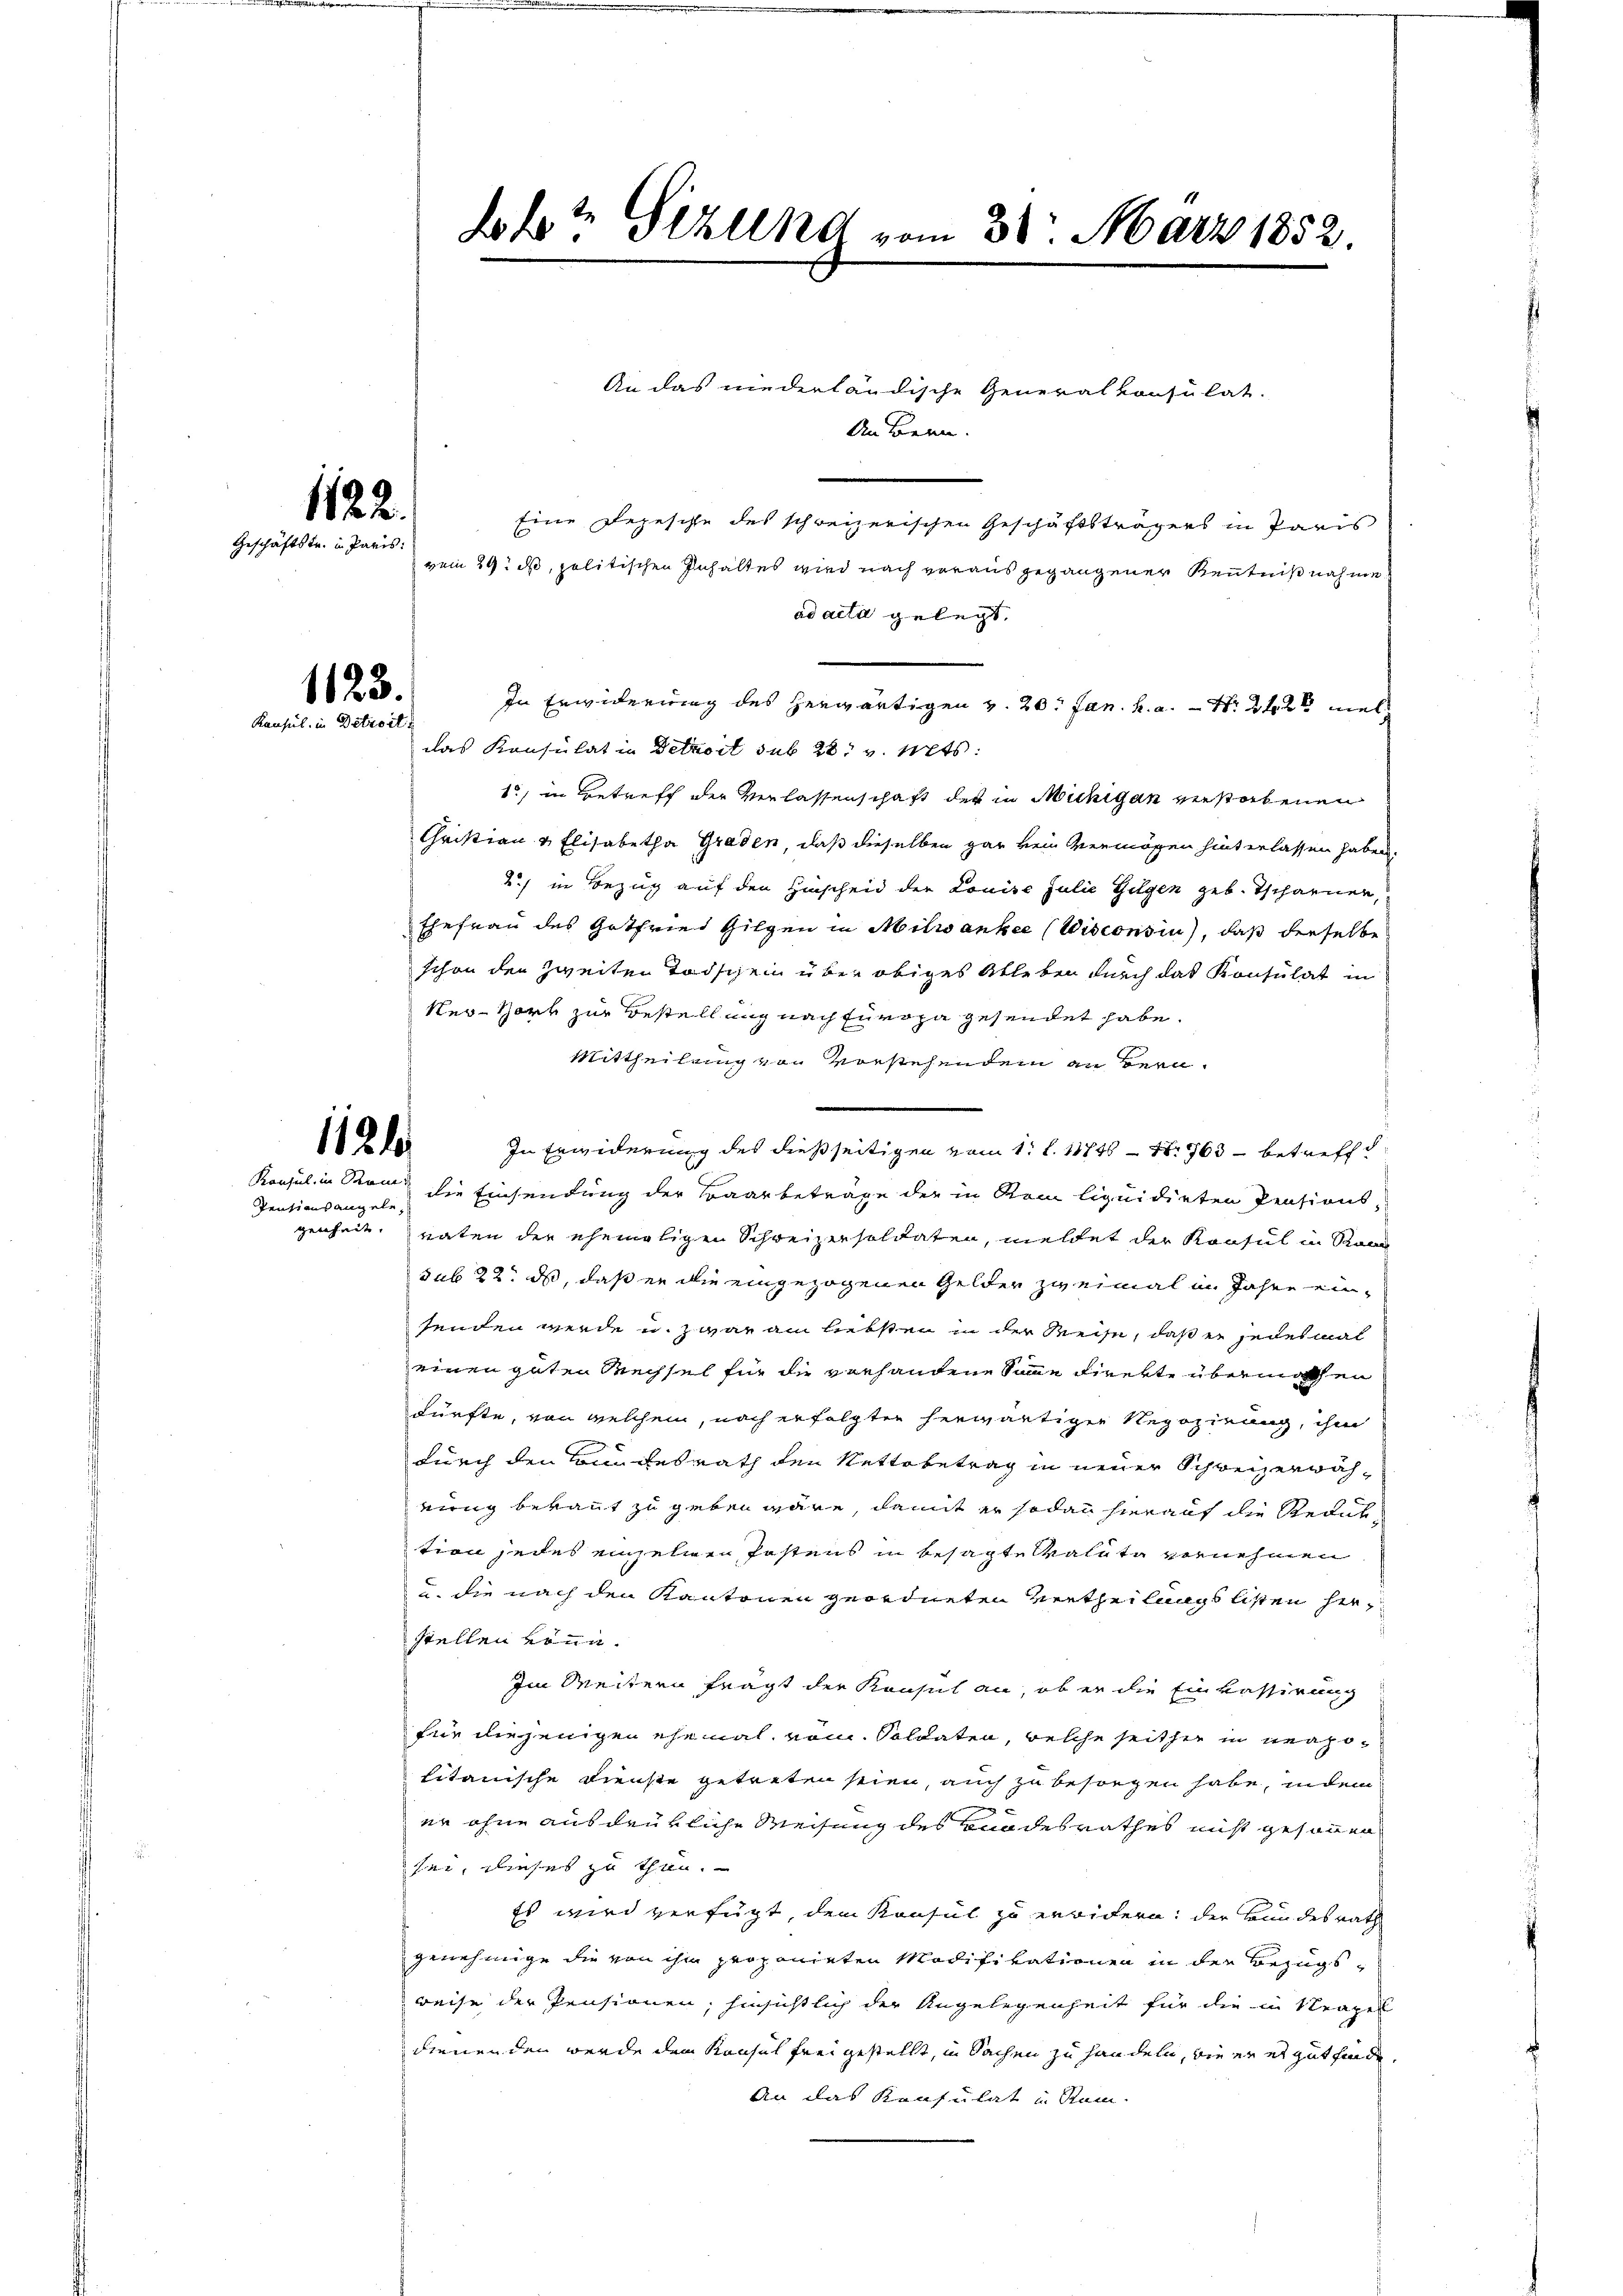
s
.
.
Geschäftstr. in Paris:

1123.
Konsul in Betreit

1124

Pentionsangele,
genheit.

Eine Depesche des schweizerischen Geschäftsträgers in Paris
vom 29. ds, politischen Inhaltes wird nach vorausgegangener Kenntniß nahme
ad acta gelegt,
In Erwiderung des herwärtigen v. 20. Jan. k. a. N. 2t viel
das Konsulat in Detroit sub 28. v. Mts.
1, in Getreff der Verlassenschaft der in Mühigan erstorbenen
Christian & Elisabetha Graden, daß dieselben gar kein vermögen hinterlassen haben.
2) in Bezug auf den Hinscheid der Louise Julie Gilgen geb. Tscharnen,
Ehefrau des Gotfried Gilgen in Milwankee (Wisconsin), daß dieselbe
schon der zweiten Todschein über obiges Ableben durch das Konsulat in
Ner-Hork zur Bestellung nach Europa gesendet habe.
Mittheilung von vorstehendem an Bern
In Erwiderung des dießseitigen vom 1. l. 11746 - 1. 763 - betreff
Konsul in Rom die Einsendung der Baarbetrage der in vom liquidirten Pensionsnaten der ehemaligen Schreizersoldaten, meldet der Konsul in Stand
sub 22. ds, daß er die eingezogenen Gelder zweimal im Jahre einsenden werde u. zwar am liebsten in der Reise, daß er jedesmal
einen guten Wechsel für die vorhandene Sinne direkte übermachen
kürfte, von welchem, nach erfolgten herwärtigen Regozierung, ihm
durch den Bundesrath den Nettobetrag in neuer Schweizerwäheig bekannt zu geben wäre, damit er sodann hierauf die Redul
tion jedes einzelnen Pastens in besagte Malata vernehmen
u. die nach den Kantonen geordneten Vertheilungslisten herstellen könn.
Im Weitern frägt der Konsul an, ob er die Einkassirung
für diejenigen ehemal, vom Soldaten, welche seither in neapotitanische Dienste getreten seien, auch zu besorgen habe, indem
2
er ohne ausdrükliche Weisung des Todesrathes nicht gesonnen
sei, dieses zu thun.
Es wird verfügt, dem Konsul zu erwidern: der Bundesrath
genehmige die von ihm proponieten Modifikationen in den Bezugsweise der Pensionen, hinsichtlich der Angelegenheit für die in Neapel
dienenden werde dem Konsul frei gestellt, in Sachen zu handeln, wie er es gut finde.
An das Konsulat und Rum.

lobt Grund vom 31. März 1852.

An das niederländische Generalkonsulat.
An Bern.